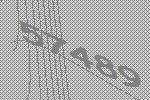
57489